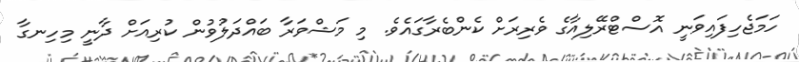
ހަމަޖެހިފައިވަނީ އޮސްޓްރޭލިއާގެ ވެރިރަށް ކެންބެރާގައެވެ. މި މަޝްވަރާ ބައްދަލުވުން ކުރިއަށް ދާނީ މިހިނގާ